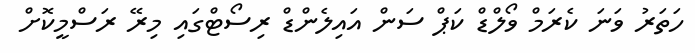
ހަތަރު ވަނަ ކެރަމް ވޯލްޑް ކަޕް ސަން އައިލެންޑް ރިސޯޓްގައި މިރޭ ރަސްމީކޮށް